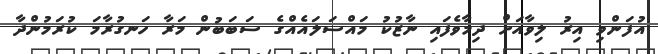
އުފަންވި އިރު ލިވާއަށް ދިމާވެފައި ނާޒުކު މައްސަލައެއްގެ ސަބަބުން މަރާ ހަނގުރާމަ ކުރަމުންދާ